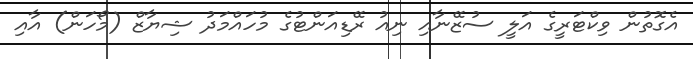
އެގޮތުން ވިކްޓަރީގެ އަލީ ސުޒޭނާއި ނިއު ރޭޑިއަންޓުގެ މުހައްމަދު ޝިޔާޒް (މޯހަން) އާއި